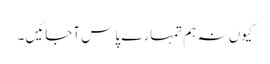
کیوں نہ ہم تمہارے پاس آجائیں ۔